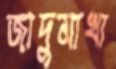
জাদুমাখা